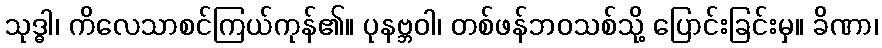
သုဒ္ဓါ၊ ကိလေသာစင်ကြယ်ကုန်၏။ ပုနဗ္ဘဝါ၊ တစ်ဖန်ဘဝသစ်သို့ ပြောင်းခြင်းမှ။ ခိဏာ၊